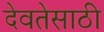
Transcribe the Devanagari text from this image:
देवतेसाठी